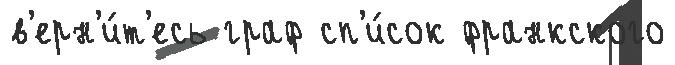
в'ерн'и́т'есь граф сп'и́сок франкского